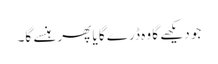
جو دیکھے گا وہ ڈرے گا یا پھر ہنسے گا۔